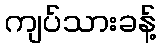
ကျပ်သားခန့်